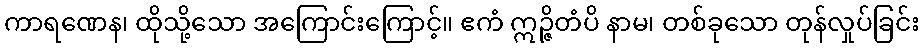
ကာရဏေန၊ ထိုသို့သော အကြောင်းကြောင့်။ ဧကံ ဣဉ္ဇိတံပိ နာမ၊ တစ်ခုသော တုန်လှုပ်ခြင်း